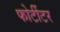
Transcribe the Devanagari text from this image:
फोर्टीटर